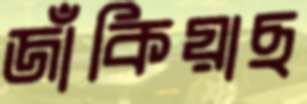
জাঁকিয়াছ